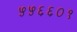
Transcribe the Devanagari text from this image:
५५६६०१